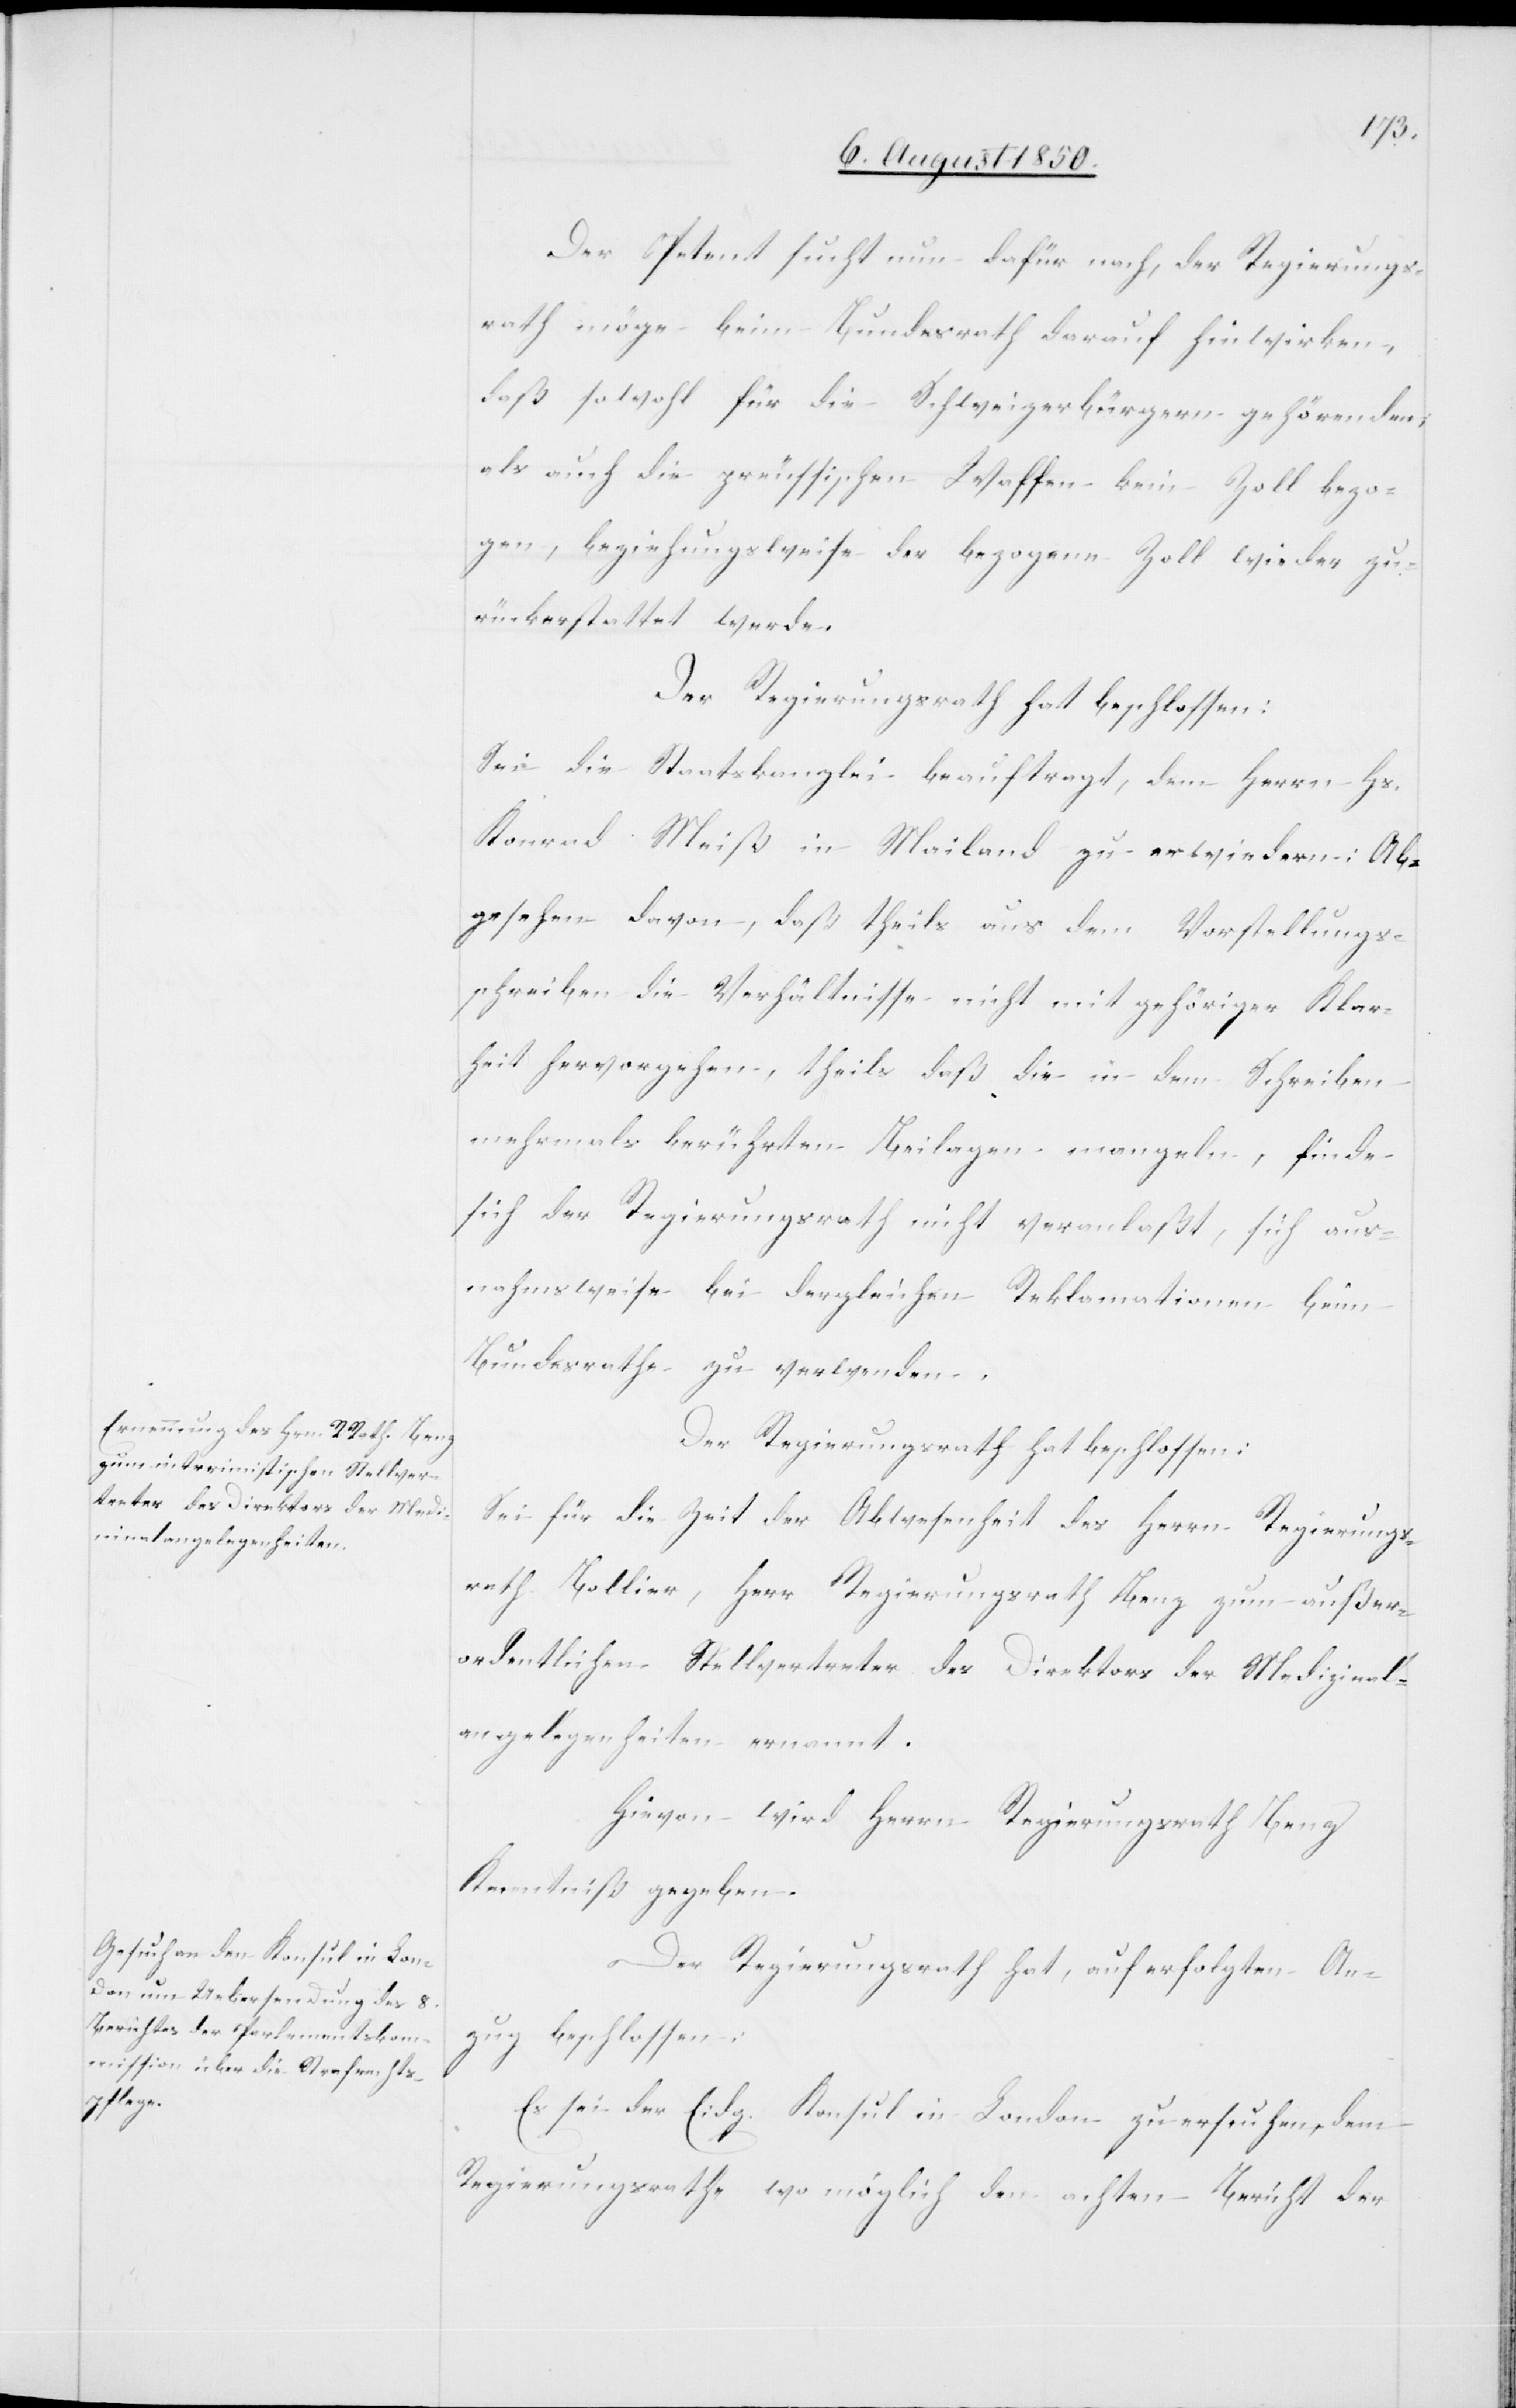
Der Petent sucht nun dafür nach, der Regierungs¬
rath möge beim Bundesrath darauf hinwirken,
daß sowohl für die Schweizerbrügern gehörenden,
als auch die preussischen Waffen kein Zoll bezo¬
gen, beziehungsweise der bezogene Zoll wieder zu¬
rückerstattet werde.
Der Regierungsrath hat beschlossen:
Sei die Staatskanzlei beauftragt, dem Herrn Hs.
Konrad Meiß in Mailand zu erwiedern: Ab¬
gesehen davon, daß theils aus dem Vorstellungs¬
schreiben die Verhältnisse nicht mit gehöriger Klar¬
heit hervorgehen, theils daß die in dem Schreiben
mehrmals berührten Beilagen mangeln, finde
sich der Regierungsrath nicht veranlaßt, sich aus¬
nahmsweise bei dergleichen Reklamationen beim
Bundesrathe zu verwenden.
Der Regierungsrath hat beschlossen:
Sei für die Zeit der Abwesenheit des Hern Regierungs¬
rath Bollier, Herr Regierungsrath Benz zum außer¬
ordentlichen Stellvertreter des Direktors der Medizinal¬
angelegenheiten ernannt.
Hievon wird Herrn Regierungsrath Benz
Kenntniß gegeben.
Der Regierungsrath hat, auf erfolgten An¬
zug beschlossen:
Es sei der Eidg. Konsul in London zu ersuchen, dem
Regierungsrathe wo möglich den achten Bericht der